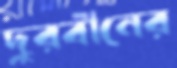
দুরবীনের